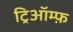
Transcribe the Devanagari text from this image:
ट्रिऑम्फ़